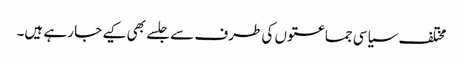
مختلف سیاسی جماعتوں کی طرف سے جلسے بھی کیے جا رہے ہیں۔